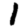
Digit: 1